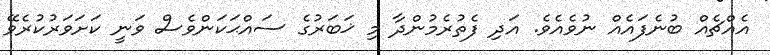
އެއްޗެއް ބުނެފައެއް ނުވެއެވެ. އަދި ފެތުރެމުންދާ މި ޚަބަރުގެ ސައްޙަކަންވެސް ވަނީ ކަށަވަރުކުރެވޭ